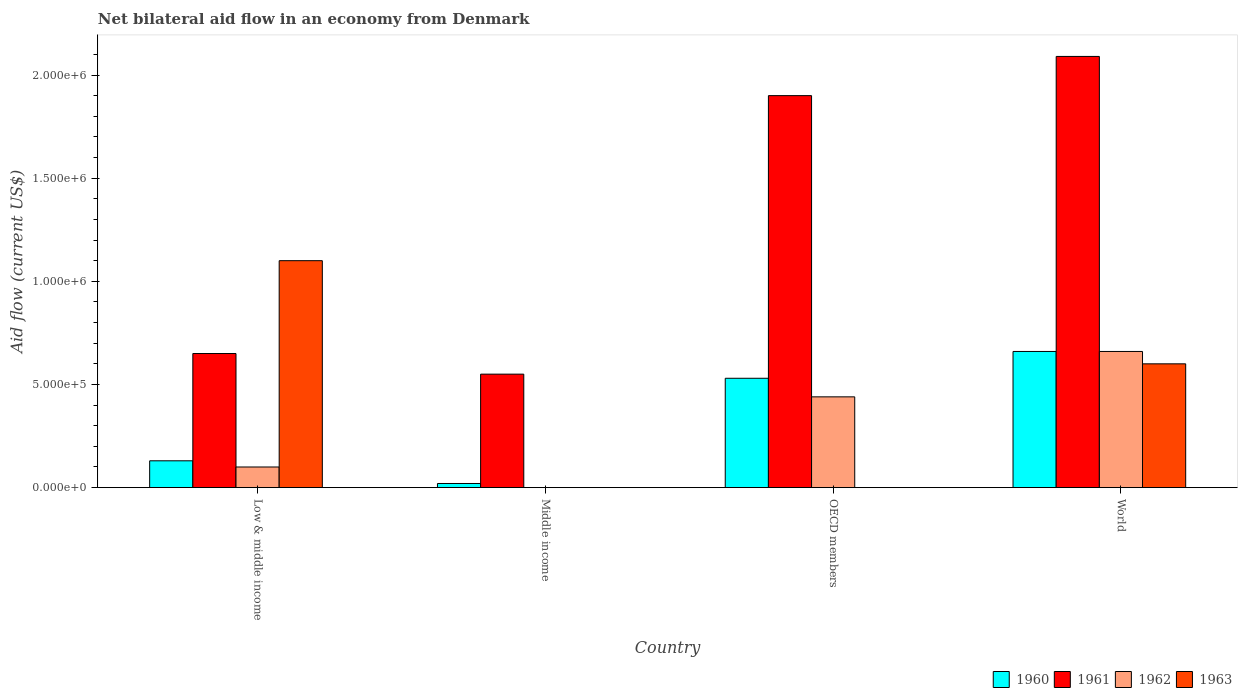
| Country | 1960 | 1961 | 1962 | 1963 |
 | --- | --- | --- | --- | --- |
 | Low & middle income | 1.3e+05 | 6.5e+05 | 1e+05 | 1.1e+06 |
 | Middle income | 2e+04 | 5.5e+05 | -1.2e+05 | -1e+05 |
 | OECD members | 5.3e+05 | 1.9e+06 | 4.4e+05 | -6e+05 |
 | World | 6.6e+05 | 2.09e+06 | 6.6e+05 | 6e+05 |